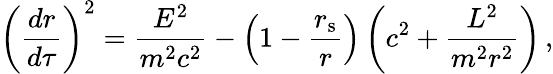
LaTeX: {\left({\frac{dr}{d\tau}}\right)}^{2}={\frac{E^{2}}{m^{2}c^{2}}}-\left(1-{\frac{r_{\mathrm{{s}}}}{r}}\right)\left(c^{2}+{\frac{L^{2}}{m^{2}r^{2}}}\right)\, ,